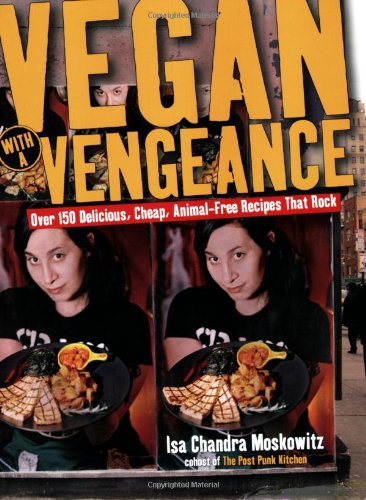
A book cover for Vegan with a Vengeance : Over 150 Delicious, Cheap, Animal-Free Recipes That Rock; Isa Chandra Moskowitz; Cookbooks, Food & Wine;